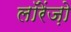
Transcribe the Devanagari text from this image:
लॉरेंज़ो